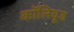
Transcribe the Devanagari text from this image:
कॉलिवूड